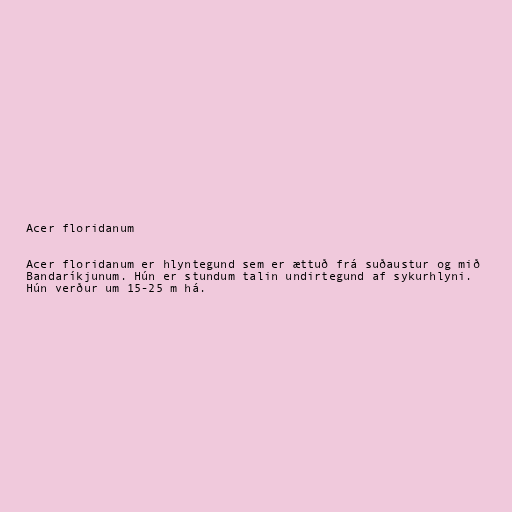
Acer floridanum

Acer floridanum er hlyntegund sem er ættuð frá suðaustur og mið
Bandaríkjunum. Hún er stundum talin undirtegund af sykurhlyni.
Hún verður um 15-25 m há.